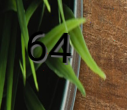
64